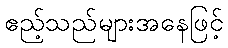
ဧည့်သည်များအနေဖြင့်